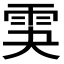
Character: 𩂃